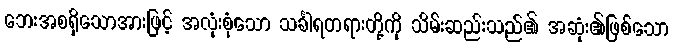
ဘေးအစရှိသောအားဖြင့် အလုံးစုံသော သင်္ခါရတရားတို့ကို သိမ်းဆည်းသည်၏ အဆုံး၏ဖြစ်သော